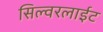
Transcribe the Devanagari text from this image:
सिल्वरलाईट